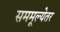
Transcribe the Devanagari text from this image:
सममूल्येतर